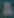
&